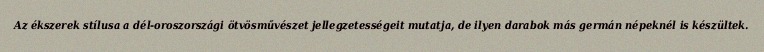
Az ékszerek stílusa a dél-oroszországi ötvösművészet jellegzetességeit mutatja, de ilyen darabok más germán népeknél is készültek.